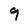
Character: 9